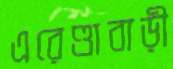
এরেণ্ডাবাড়ী